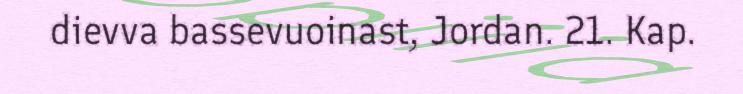
dievva bassevuoinast, Jordan. 21. Kap.